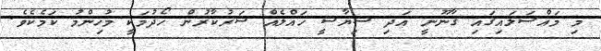
މި މައްސަލައިގައި ޤާނޫނީ އަދި ސިޔާސީ ހައްލެއް ސަރުކާރުން ހޯދުމަކީ މުހިންމު ކަމެކެވެ.